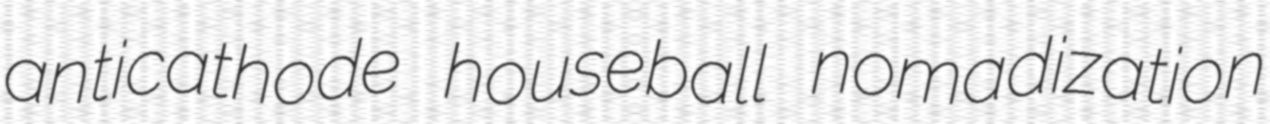
anticathode houseball nomadization